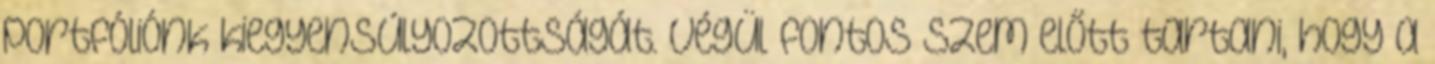
portfóliónk kiegyensúlyozottságát. Végül fontos szem előtt tartani, hogy a